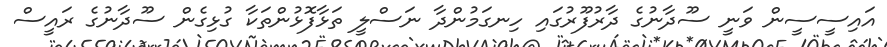
އައިސީސީން ވަނީ ސޫދާނުގެ ދާރުފޫރުގައި ހިނގަމުންދާ ނަސްލީ ތަޅާފޮޅުންތަކާ ގުޅިގެން ސޫދާނުގެ ރައީސް